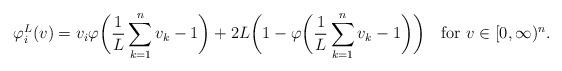
LaTeX: \begin{align*} \varphi_i^L(v) = v_i\varphi\bigg(\frac{1}{L}\sum_{k=1}^n v_k - 1\bigg)+ 2L\bigg(1 - \varphi\bigg(\frac{1}{L}\sum_{k=1}^n v_k - 1\bigg)\bigg)\quad\mbox{for } v\in[0,\infty)^n.\end{align*}